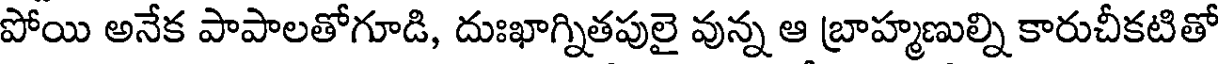
పోయి అనేక పాపాలతోగూడి, దుఃఖాగ్నితపులై వున్న ఆ బ్రాహ్మణుల్ని కారుచీకటితో